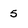
Character: 5